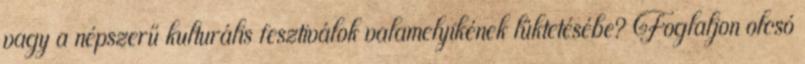
vagy a népszerű kulturális fesztiválok valamelyikének lüktetésébe? Foglaljon olcsó